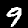
Label: 9